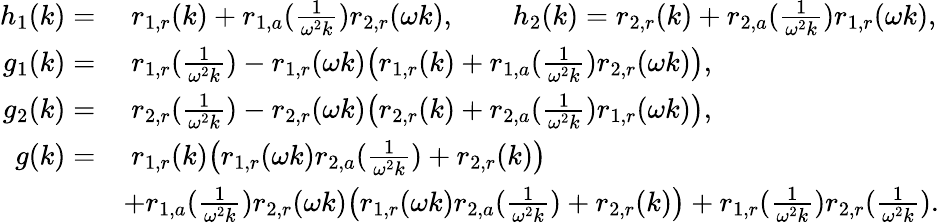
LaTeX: \begin{array}{rl}{h_{1}(k)=}&{\; r_{1,r}(k)+r_{1,a}(\frac{1}{\omega^{2}k})r_{2,r}(\omega k),\qquad h_{2}(k)=r_{2,r}(k)+r_{2,a}(\frac{1}{\omega^{2}k})r_{1,r}(\omega k),}\\ {g_{1}(k)=}&{\; r_{1,r}(\frac{1}{\omega^{2}k})-r_{1,r}(\omega k)\big(r_{1,r}(k)+r_{1,a}(\frac{1}{\omega^{2}k})r_{2,r}(\omega k)\big),}\\ {g_{2}(k)=}&{\; r_{2,r}(\frac{1}{\omega^{2}k})-r_{2,r}(\omega k)\big(r_{2,r}(k)+r_{2,a}(\frac{1}{\omega^{2}k})r_{1,r}(\omega k)\big),}\\ {g(k)=}&{\; r_{1,r}(k)\big(r_{1,r}(\omega k)r_{2,a}(\frac{1}{\omega^{2}k})+r_{2,r}(k)\big)}\\ &{+r_{1,a}(\frac{1}{\omega^{2}k})r_{2,r}(\omega k)\big(r_{1,r}(\omega k)r_{2,a}(\frac{1}{\omega^{2}k})+r_{2,r}(k)\big)+r_{1,r}(\frac{1}{\omega^{2}k})r_{2,r}(\frac{1}{\omega^{2}k}).}\end{array}